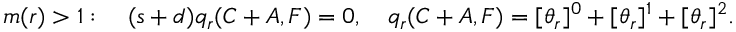
m ( r ) > 1 : \quad ( s + d ) q _ { r } ( C + A , F ) = 0 , \quad q _ { r } ( C + A , F ) = [ \theta _ { r } ] ^ { 0 } + [ \theta _ { r } ] ^ { 1 } + [ \theta _ { r } ] ^ { 2 } .